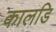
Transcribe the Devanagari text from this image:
कालडि